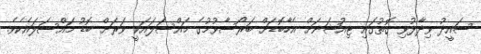
ސައީދު ވިދާޅުވި ގޮތުގައި ޓިއުޝަނަށް އެހާބޮޑަށް ބަރޯސާވުމުގެ މައްސަލައަކީ ވަރަށް ބޮޑު މައްސަލައެކެވެ.